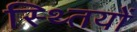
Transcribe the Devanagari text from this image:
स्थ्तियों